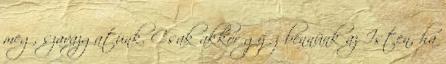
meg, szavazgatunk. Csak akkor győz bennünk az Isten, ha